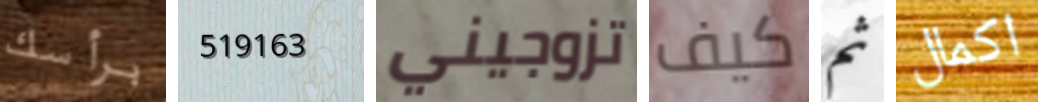
برأسك 519163 تزوجيني كيف ثم اكمال